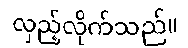
လှည့်လိုက်သည်။